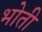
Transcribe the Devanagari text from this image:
भोती